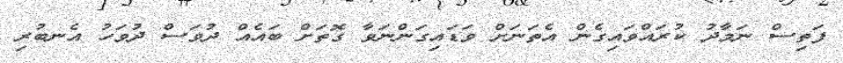
ފަތިސް ނަމާދު ކުރައްވައިގެން އެތަނަށް ވަޑައިގަންނަވާ ގޮތަށް ބައެއް ދުވަސް ދުވަހު އެނބުރި